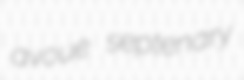
avoue septenary